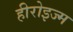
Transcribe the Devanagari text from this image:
हीरोइज्म